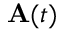
\mathbf { A } ( t )